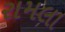
રામલા